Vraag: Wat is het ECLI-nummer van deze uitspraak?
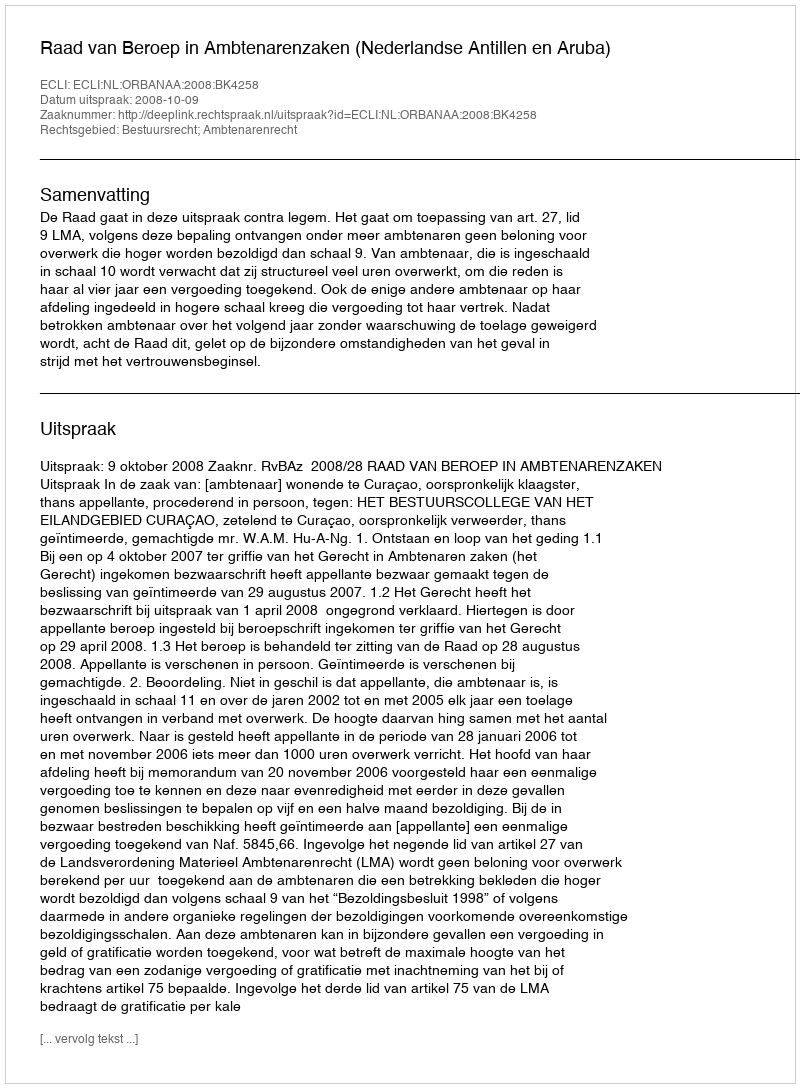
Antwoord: ECLI:NL:ORBANAA:2008:BK4258